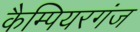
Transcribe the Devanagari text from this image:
कैम्पियरगंज